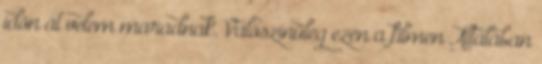
időn át velem maradnak. Valószínűleg ezen a filmen Általában